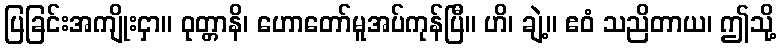
ပြခြင်းအကျိုးငှာ။ ဝုတ္တာနိ၊ ဟောတော်မူအပ်ကုန်ပြီ။ ဟိ၊ ချဲ့။ ဧဝံ သညိတာယ၊ ဤသို့